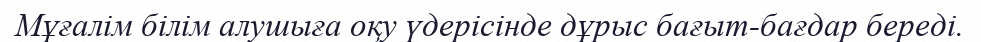
Мұғалім білім алушыға оқу үдерісінде дұрыс бағыт-бағдар береді.